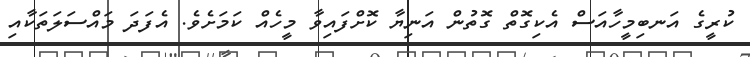
ކުރީގެ އަނބިމީހާއަސް އެކިގޮތް ގޮތުން އަނިޔާ ކޮށްފައިވާ މީހެއް ކަމަށެވެ. އެފަދަ މައްސަލަތަކާއި